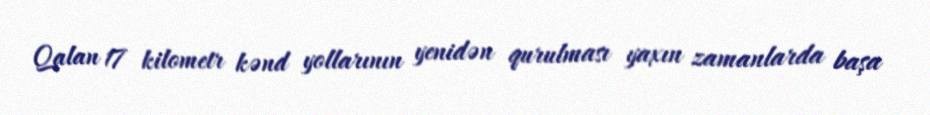
Qalan 17 kilometr kənd yollarının yenidən qurulması yaxın zamanlarda başa